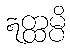
ဣတ္ထမ္ပိ